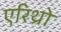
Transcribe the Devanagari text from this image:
एरिथ्रो